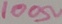
Text: 100Ω